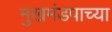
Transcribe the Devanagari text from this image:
मुखमंडपाच्या